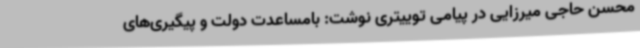
محسن حاجی میرزایی در پیامی توییتری نوشت: بامساعدت دولت و پیگیری‌های